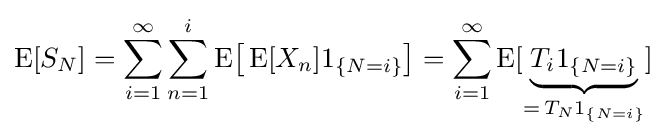
\operatorname {E} [S_{N}]=\sum _{i=1}^{\infty }\sum _{n=1}^{i}\operatorname {E} \!{\bigl [}\operatorname {E} [X_{n}]1_{\{N=i\}}{\bigr ]}=\sum _{i=1}^{\infty }\operatorname {E} [\underbrace {T_{i}1_{\{N=i\}}} _{=\,T_{N}1_{\{N=i\}}}]